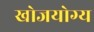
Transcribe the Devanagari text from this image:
खोजयोग्य